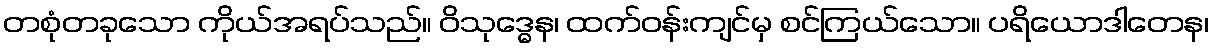
တစုံတခုသော ကိုယ်အရပ်သည်။ ဝိသုဒ္ဓေန၊ ထက်ဝန်းကျင်မှ စင်ကြယ်သော။ ပရိယောဒါတေန၊